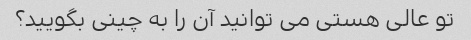
تو عالی هستی می توانید آن را به چینی بگویید؟